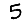
Digit: 5